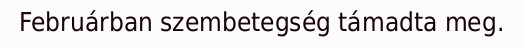
Februárban szembetegség támadta meg.